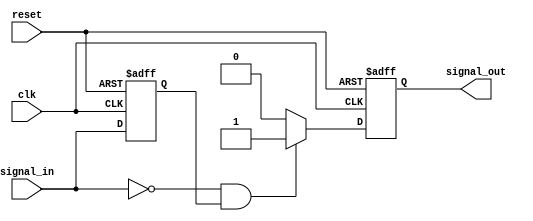
module negative_edge_detector (
    input wire clk,             // Clock signal
    input wire reset,           // Reset signal
    input wire signal_in,       // Input signal to monitor for negative edges
    output reg signal_out       // Output signal pulse on negative edge detection
);

// Register to hold the previous state of signal_in
reg prev_signal;

// Always block to detect negative edges
always @(posedge clk or posedge reset) begin
    if (reset) begin
        prev_signal <= 1'b0;       // Initialize prev_signal on reset
        signal_out <= 1'b0;        // Initialize signal_out on reset
    end else begin
        // Check for negative edge
        if (signal_in == 1'b0 && prev_signal == 1'b1) begin
            signal_out <= 1'b1;     // Generate output pulse on negative edge
        end else begin
            signal_out <= 1'b0;      // Clear output pulse on other conditions
        end
        prev_signal <= signal_in;   // Update the previous signal state
    end
end

endmodule